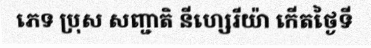
ភេទ ប្រុស សញ្ជាតិ នីហ្សេរីយ៉ា កើតថ្ងៃទី